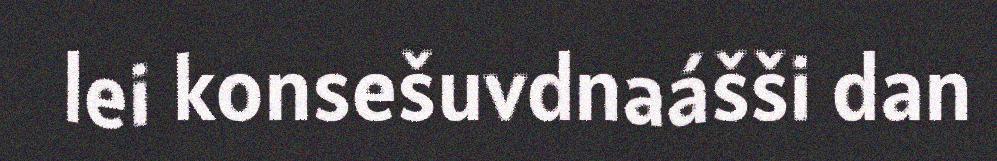
lei konsešuvdnaášši dan